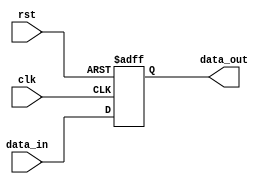
module store_register (
    input wire clk,        // Clock signal
    input wire rst,        // Asynchronous reset signal
    input wire [15:0] data_in, // Input data (16-bit, you can adjust the width as necessary)
    output reg [15:0] data_out // Output data reflecting the current stored value
);

    // On the rising edge of the clock
    always @(posedge clk or posedge rst) begin
        if (rst) begin
            data_out <= 16'b0; // Reset the register to zero on active reset
        end else begin
            data_out <= data_in; // Store input data on clock edge
        end
    end

endmodule